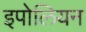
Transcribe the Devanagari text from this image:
इपोलियन